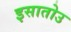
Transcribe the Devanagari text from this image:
इसातोउ